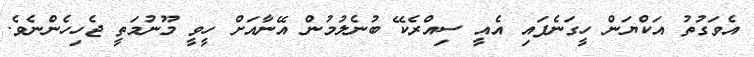
އެވަގުތު އަކްޔަން ހީގަނެފައި އެއީ ސިއްރެކޭ ބުނެލުމުން އޭނާއަށް ހީވީ މޫނުމަތީ ޖެހިހެންނެވެ.